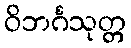
ဝိဘင်္ဂသုတ္တ